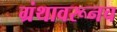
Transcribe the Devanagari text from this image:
ग्रंथावरूनच